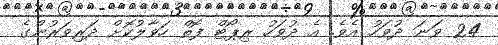
24 ވަނަ ދުވަހު އެވެ. އެ ދުވަހު ރިޕޯޓް ފޮތް ހަވާލުކޮށް ދަރިވަރުންގެ